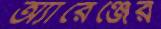
অ্যারেঞ্জের